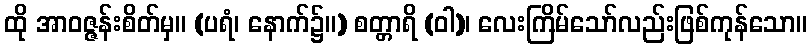
ထို အာဝဇ္ဇန်းစိတ်မှ။ (ပရံ၊ နောက်၌။) စတ္တာရိ (ဝါ)၊ လေးကြိမ်သော်လည်းဖြစ်ကုန်သော။